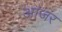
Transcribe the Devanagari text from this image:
आजर